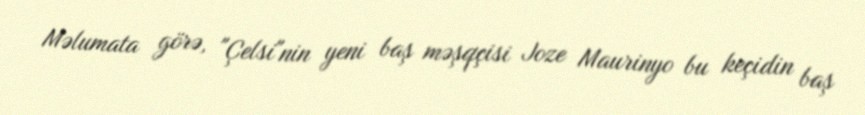
Məlumata görə, "Çelsi"nin yeni baş məşqçisi Joze Maurinyo bu keçidin baş